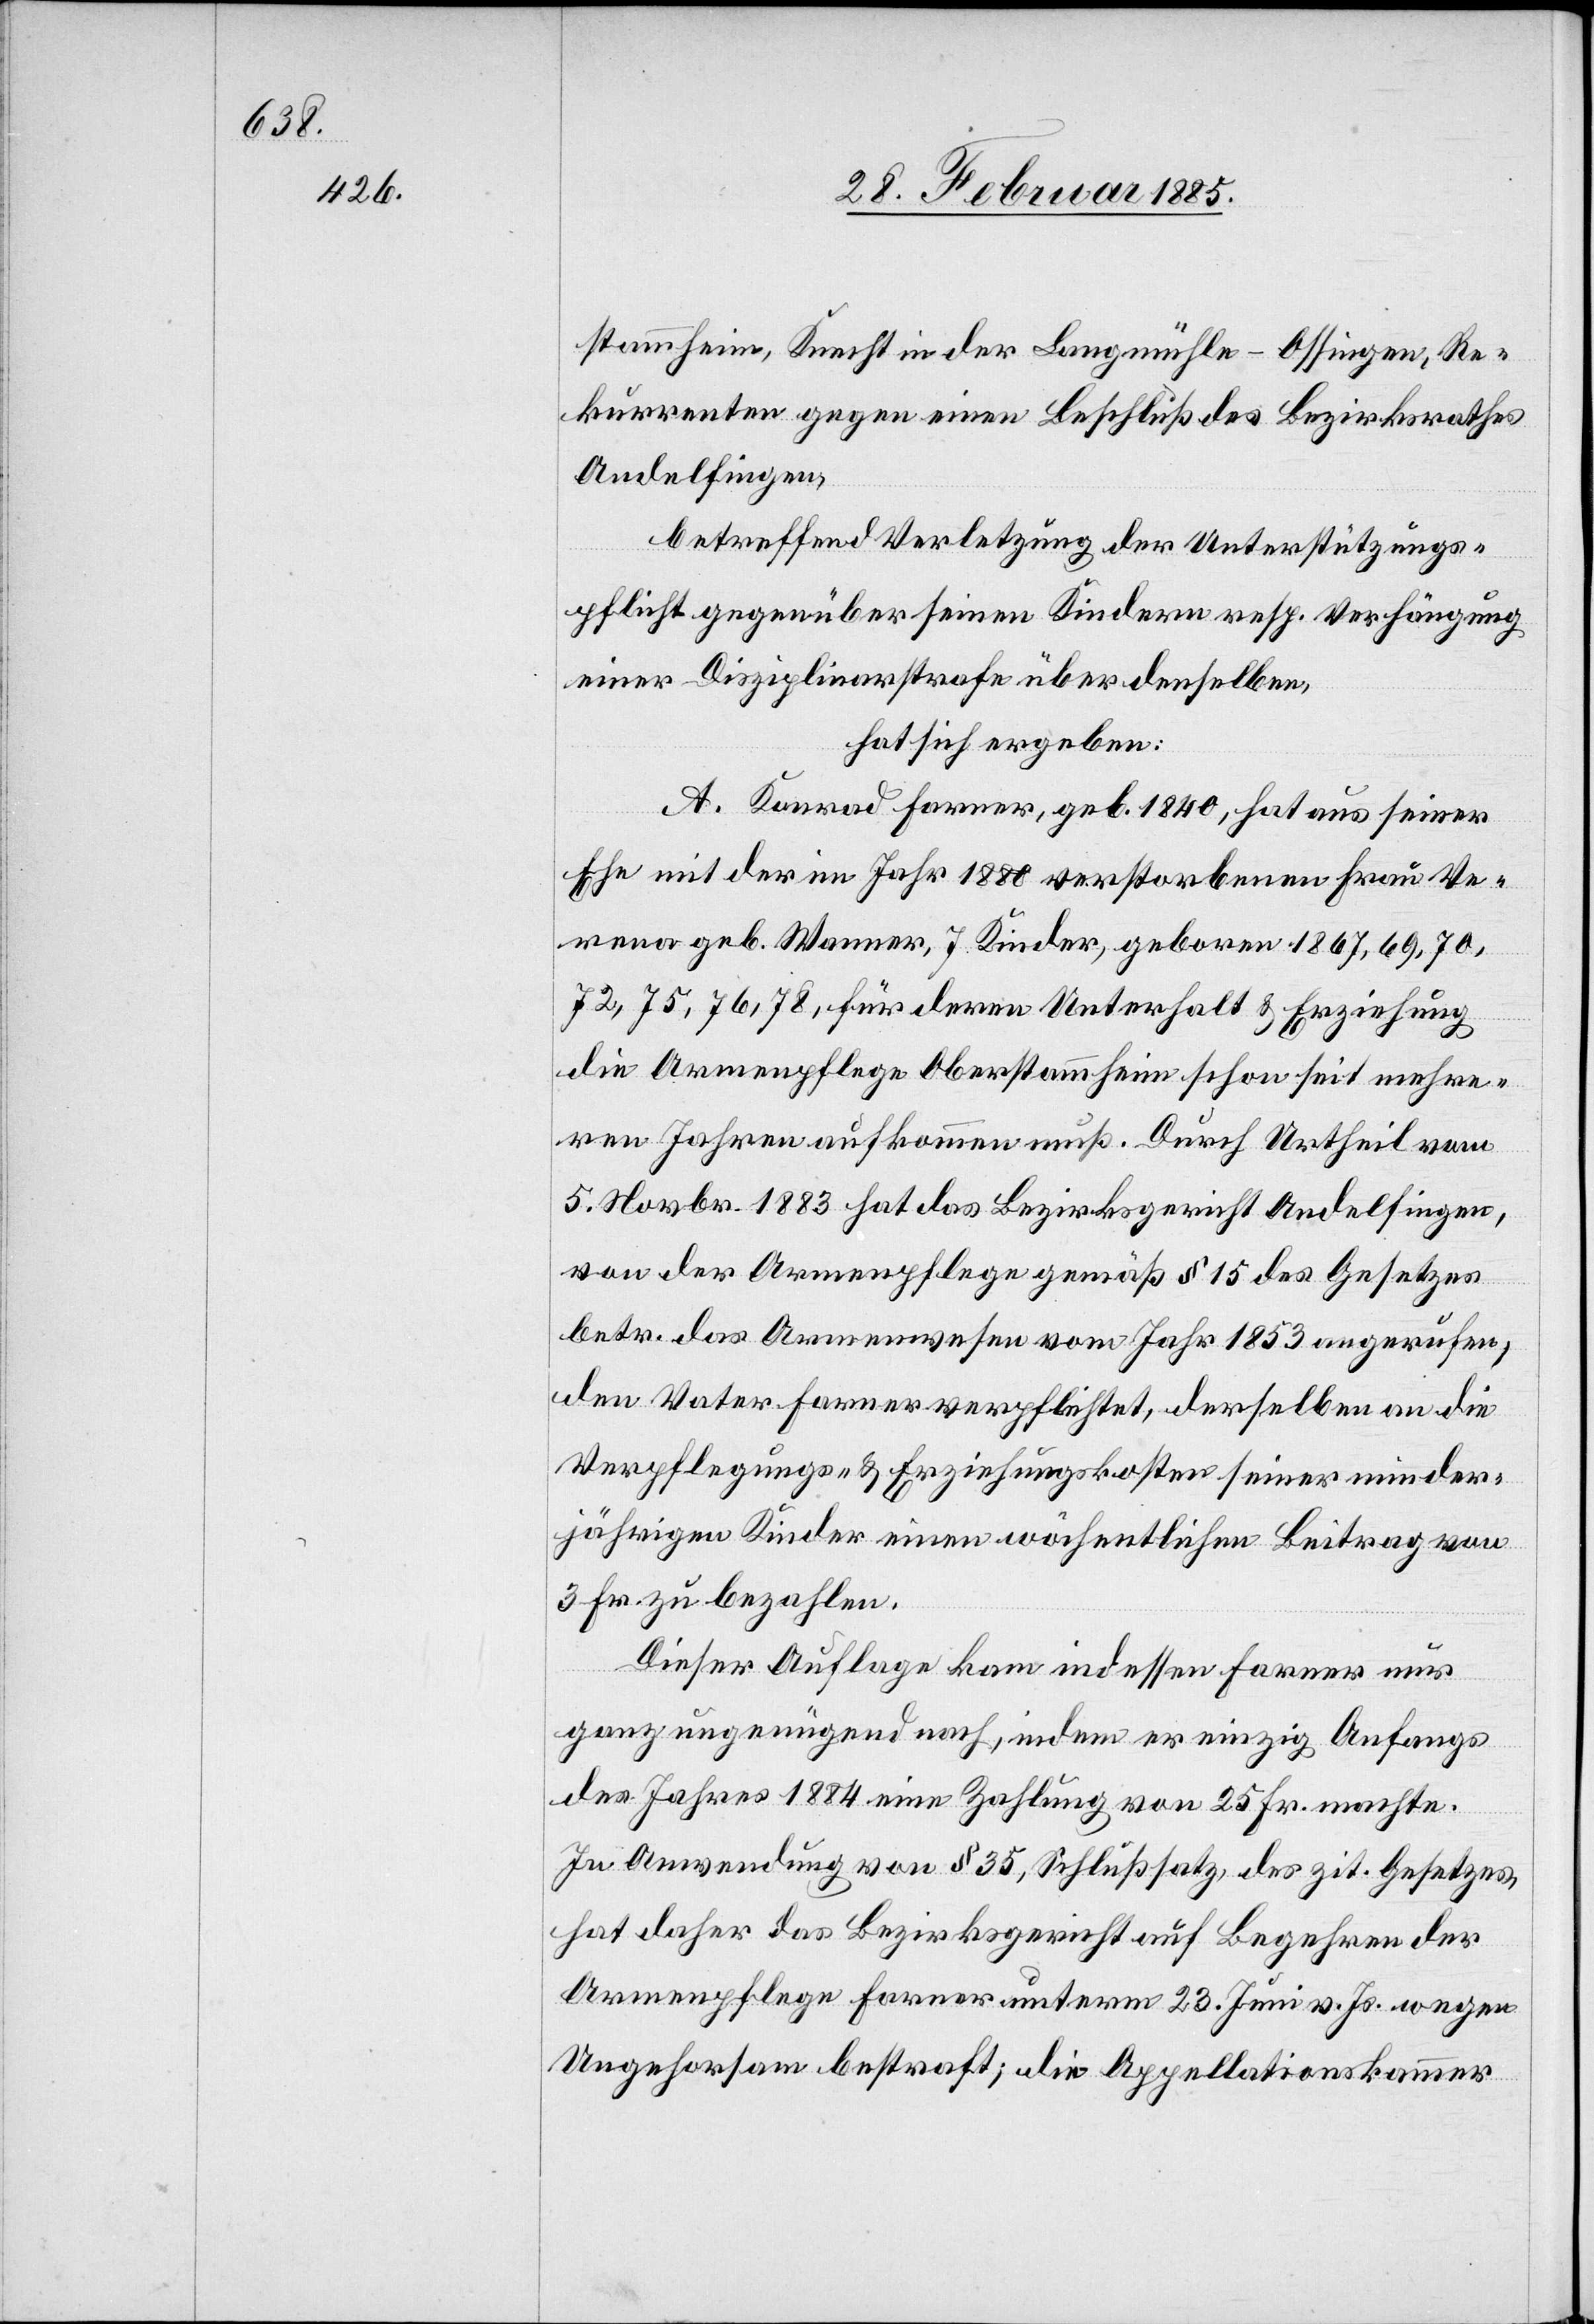
stammheim, Knecht in der Langmühle - Ossingen, Re¬
kurrenten gegen einen Beschluß des Bezirksrathes
Andelfingen,
betreffend Verletzung der Unterstützungs¬
pflicht gegenüber seinen Kindern resp. Verhängung
einer Disziplinarstrafe über denselben,
hat sich ergeben:
A. Konrad Farner, geb. 1840, hat aus seiner
Ehe mit der im Jahr 1880 verstorbenen Frau Ve¬
rena geb. Wanner, 7 Kinder, geboren 1867, 69, 70,
72, 75, 76, 78, für deren Unterhalt & Erziehung
die Armenpflege Oberstammheim schon seit mehre¬
ren Jahren aufkommen muß. Durch Urtheil vom
5. Novbr. 1883 hat das Bezirksgericht Andelfingen,
von der Armenpflege gemäß § 15 des Gesetzes
betr. das Armenwesen vom Jahr 1863 angerufen,
den Vater Farmer verpflichtet, derselbe an die
Verpflegungs- & Erziehungskosten seiner minder¬
jährigen Kinder einen wöchentlichen Beitrag von
3 Fr. zu bezahlen.
Dieser Auflage kam indessen Farner nur
ganz ungenügend nach, indem er einzig Anfangs
des Jahres 1884 eine Zahlung von 25 Fr. machte.
In Anwendung von § 35, Schlußsatz, des zit. Gesetzes,
hat daher das Bezirksgericht auf Begehren der
Armenpflege Farner unterm 23. Juni v. Js. wegen
Ungehorsam bestraft; die Appellationskammer